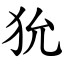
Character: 狁